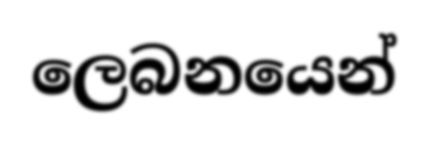
ලෙබනයෙන්